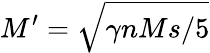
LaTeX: M^{\prime}=\sqrt{\gamma nMs/5}